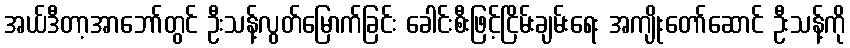
အယ်ဒီတာ့အာဘော်တွင် ဦးသန့်လွတ်မြောက်ခြင်း ခေါင်းစီးဖြင့်ငြိမ်းချမ်းရေး အကျိုးတော်ဆောင် ဦးသန့်ကို